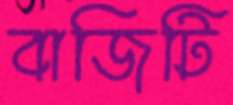
বাজিটি